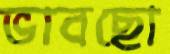
ভাবছো